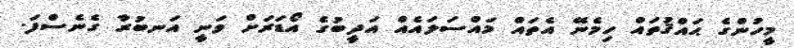
މީހުންގެ ޙައްޤުތައް ހިމެނޭ އެތައް މައްސަލައެއް އަދީބުގެ އޯޑަރަށް ވަނީ އަނބުރާ ގެނެސްފަ.